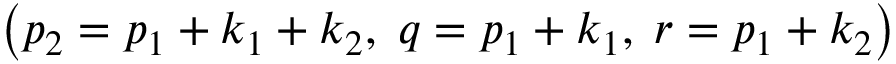
\left( p _ { 2 } = p _ { 1 } + k _ { 1 } + k _ { 2 } , \; q = p _ { 1 } + k _ { 1 } , \; r = p _ { 1 } + k _ { 2 } \right)